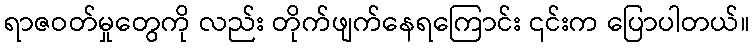
ရာဇဝတ်မှုတွေကို လည်း တိုက်ဖျက်နေရကြောင်း ၎င်းက ပြောပါတယ်။